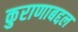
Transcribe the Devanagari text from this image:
कुराणाबद्दल